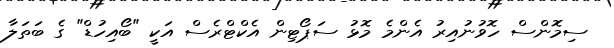
ސިމޮންސް ހޮވުނުއިރު އެންމެ މޮޅު ސަޕޯޓިން އެކްޓްރެސް އަކީ "ބޯއިހުޑް" ގެ ބަތަލާ